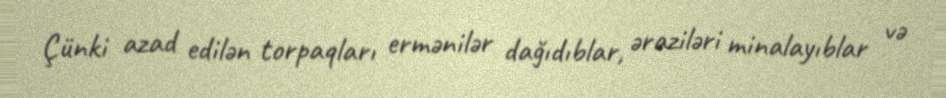
Çünki azad edilən torpaqları ermənilər dağıdıblar, əraziləri minalayıblar və